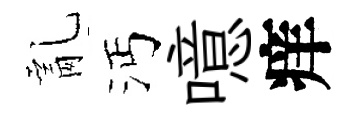
亂沔噫痒